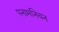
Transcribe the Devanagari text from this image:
पनामनियन